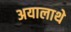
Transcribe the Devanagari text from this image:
अयालाथे